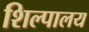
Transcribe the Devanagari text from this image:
शिल्पालय